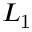
L _ { \mathrm { 1 } }